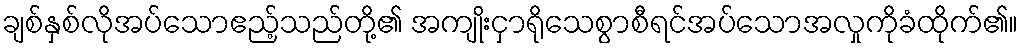
ချစ်နှစ်လိုအပ်သောဧည့်သည်တို့၏ အကျိုးငှာရိုသေစွာစီရင်အပ်သောအလှုကိုခံထိုက်၏။